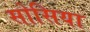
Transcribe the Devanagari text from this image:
सोसिया